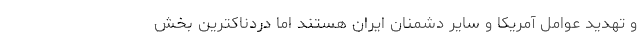
و تهدید عوامل آمریکا و سایر دشمنان ایران هستند اما دردناکترین بخش